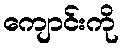
ကျောင်းကို